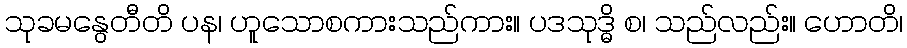
သုခမနွေတီတိ ပန၊ ဟူသောစကားသည်ကား။ ပဒသုဒ္ဓိ စ၊ သည်လည်း။ ဟောတိ၊